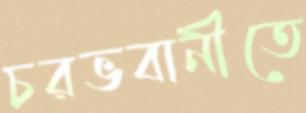
চরভবানীতে